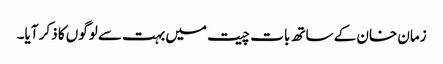
زمان خان کے ساتھ بات چیت میں بہت سے لوگوں کا ذکر آیا۔